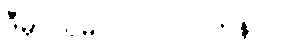
ဒီမှာ ဝမ် ၁၀၀၀၀ တန်ပါ။